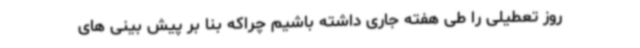
روز تعطیلی را طی هفته جاری داشته باشیم چراکه بنا بر پیش بینی های